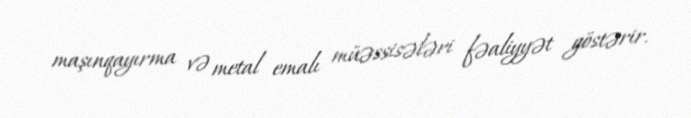
maşınqayırma və metal emalı müəssisələri fəaliyyət göstərir.